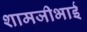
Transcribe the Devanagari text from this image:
शामजीभाई